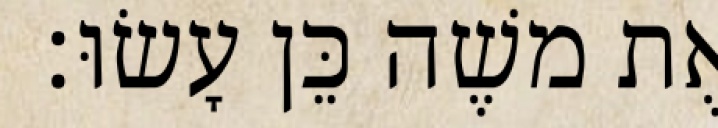
אֶת משֶׁה כֵּן עָשׂוּ׃